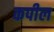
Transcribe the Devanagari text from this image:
कपील